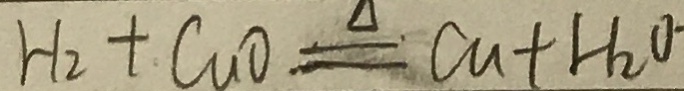
H _ { 2 } + C u O \xlongequal { \Delta } q C u + H _ { 2 } O